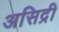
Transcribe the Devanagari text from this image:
असिद्री